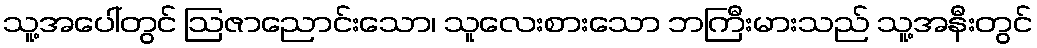
သူ့အပေါ်တွင် ဩဇာညောင်းသော၊ သူလေးစားသော ဘကြီးမားသည် သူ့အနီးတွင်